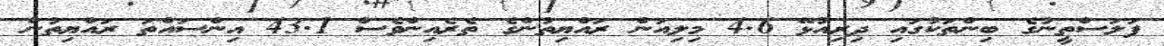
ފަލަސްތީނުގެ ބިންތަކުގައި ދިރިއުޅޭ 4.6 މިލިއަން ރައްޔިތުންގެ ތެރެއިންވެސް 43.1 އިންސައްތަ ރައްޔިތުން